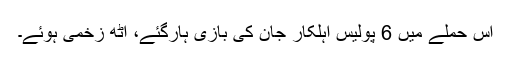
اس حملے میں 6 پولیس اہلکار جان کی بازی ہارگئے، آٹھ زخمی ہوئے۔